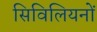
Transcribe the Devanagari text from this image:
सिविलियनों